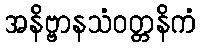
အနိဗ္ဗာနသံဝတ္တနိကံ